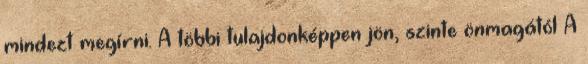
mindezt megírni. A többi tulajdonképpen jön, szinte önmagától A